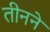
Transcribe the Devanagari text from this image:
तीनने